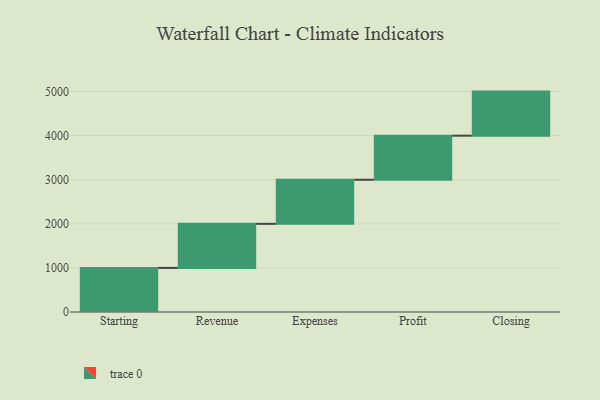
{"axis": {"x": "Step", "y": "Value"}, "legend": [""], "data": [{"x": "Starting", "y": 1000, "type": ""}, {"x": "Revenue", "y": 1000, "type": ""}, {"x": "Expenses", "y": 1000, "type": ""}, {"x": "Profit", "y": 1000, "type": ""}, {"x": "Closing", "y": 1000, "type": ""}]}